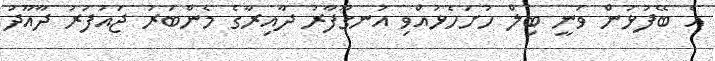
އެ ބޭފުޅުން ވަނީ ބިލް ހުށަހެޅުއްވި އުނގޫފާރު ދާއިރާގެ މެންބަރު ޖައުފަރު ދާއޫދު